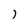
Character: I